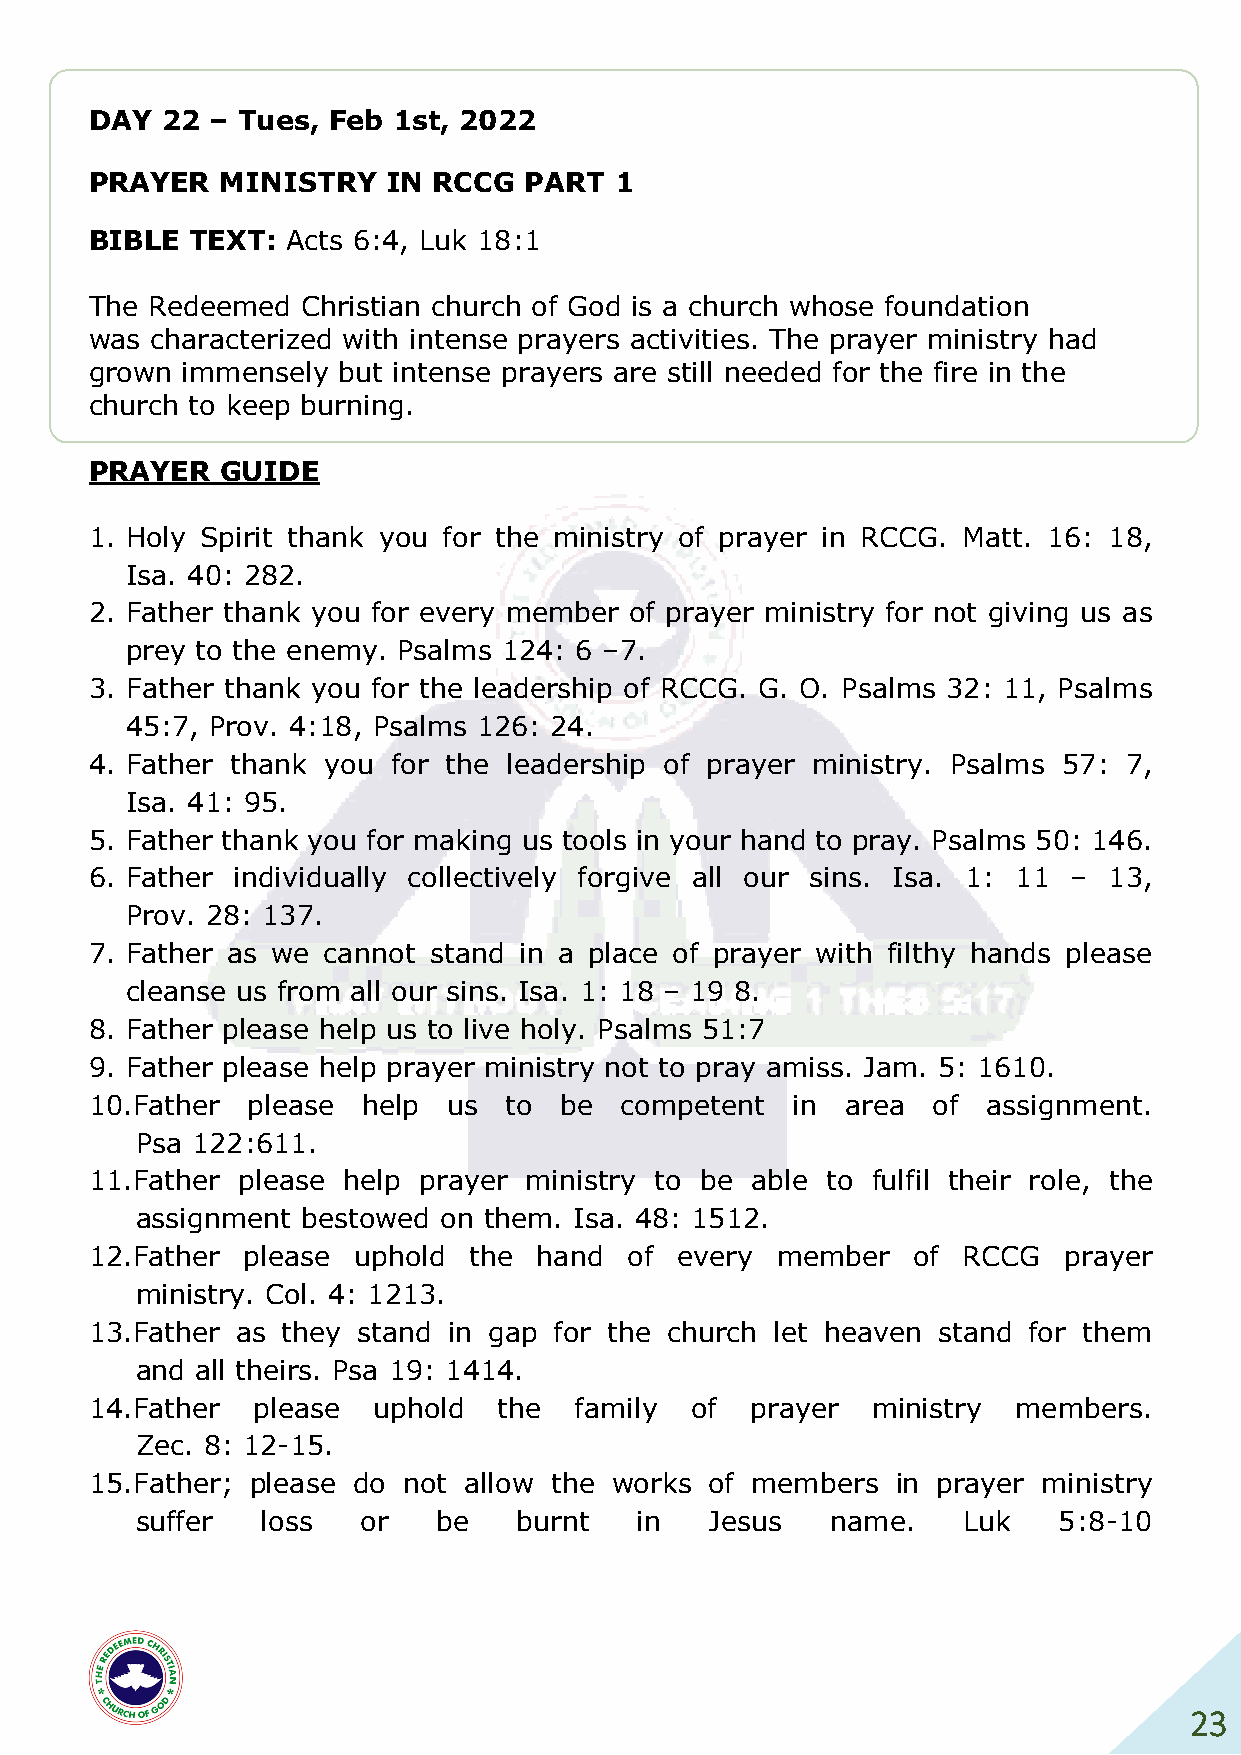
DAY  22 – Tues, Feb 1st, 2022
 PRAYER   MINISTRY   IN RCCG  PART  1
 BIBLE  TEXT: Acts 6:4, Luk 18:1
 The Redeemed  Christian church of God is a church whose foundation
 was characterized with intense prayers activities. The prayer ministry had
 grown immensely but intense prayers are still needed for the fire in the
 church to keep burning.
 PRAYER   GUIDE
 1. Holy Spirit thank you for the ministry of prayer in RCCG. Matt. 16: 18,
 Isa. 40: 282.
 2. Father thank you for every member of prayer ministry for not giving us as
 prey to the enemy. Psalms 124: 6 –7.
 3. Father thank you for the leadership of RCCG. G. O. Psalms 32: 11, Psalms
 45:7, Prov. 4:18, Psalms 126: 24.
 4. Father thank you for the leadership of prayer ministry. Psalms 57: 7,
 Isa. 41: 95.
 5. Father thank you for making us tools in your hand to pray. Psalms 50: 146.
 6. Father individually collectively forgive all our sins. Isa. 1: 11 – 13,
 Prov. 28: 137.
 7. Father as we cannot stand in a place of prayer with filthy hands please
 cleanse us from all our sins. Isa. 1: 18 – 19 8.
 8. Father please help us to live holy. Psalms 51:7
 9. Father please help prayer ministry not to pray amiss. Jam. 5: 1610.
 10. Father please help  us to  be  competent  in  area  of assignment.
 Psa 122:611.
 11. Father please help prayer ministry to be able to fulfil their role, the
 assignment bestowed on them. Isa. 48: 1512.
 12. Father please uphold the  hand  of every member   of  RCCG  prayer
 ministry. Col. 4: 1213.
 13. Father as they stand in gap for the church let heaven stand for them
 and all theirs. Psa 19: 1414.
 14. Father please  uphold  the  family  of  prayer  ministry members.
 Zec. 8: 12-15.
 15. Father; please do not allow the works of members in prayer ministry
 suffer  loss   or   be   burnt   in   Jesus   name.    Luk   5:8-10
 23